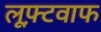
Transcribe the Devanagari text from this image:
लूफ़्टवाफ